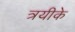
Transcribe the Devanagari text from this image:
त्रयीके